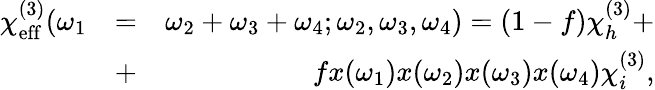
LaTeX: \begin{array}{rlr}{\chi_{\mathrm{eff}}^{(3)}(\omega_{1}}&{=}&{\omega_{2}+\omega_{3}+\omega_{4};\omega_{2},\omega_{3},\omega_{4})=(1-f)\chi_{h}^{(3)}+}\\ &{+}&{fx(\omega_{1})x(\omega_{2})x(\omega_{3})x(\omega_{4})\chi_{i}^{(3)},}\end{array}